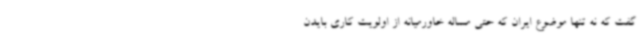
گفت که نه تنها موضوع ایران که حتی مساله خاورمیانه از اولویت کاری بایدن